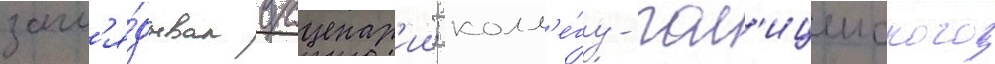
загл'я́дывал в сценар'ии; колл'е́гу-пол'ицеиского